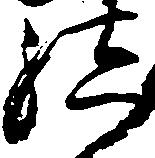
結